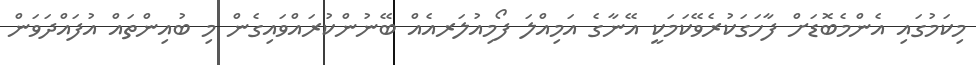
މިކަމުގައި އެންމެބޮޑަށް ފާހަގަކުރެވޭކަމަކީ އޭނާގެ އަމިއްލަ ފޯމިއުލަރއެއް ބޭނުންކުރައްވައިގެން މި ބުއިންތައް އުފައްދަވަން